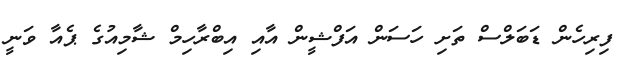
ފިރިހެން ޑަބަލްސް ތަށި ހަސަން އަފްޝީން އާއި އިބްރާހިމް ޝާމިއުގެ ޕެއާ ވަނީ